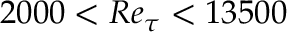
2 0 0 0 < R e _ { \tau } < 1 3 5 0 0